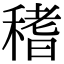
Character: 䅲